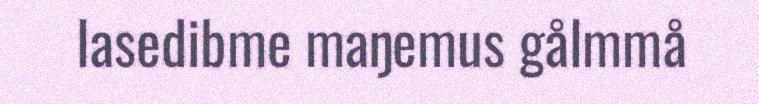
lasedibme maŋemus gålmmå